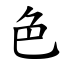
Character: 色